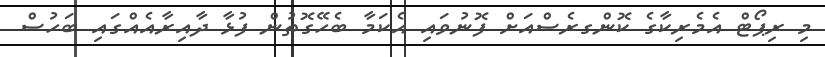
މި ރިޕޯޓް އެމެރިކާގެ ކޮންގރެސްއަށް ފޮނުވައި އެކަމާ ބެހޭގޮތުން ފުޅާ ދާއިރާއެއްގައި ބަހުސް